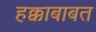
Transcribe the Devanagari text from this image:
हक्काबाबत